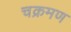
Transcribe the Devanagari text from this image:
चक्रमण